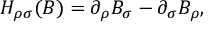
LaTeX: H _ { \rho \sigma } ( B ) = \partial _ { \rho } B _ { \sigma } - \partial _ { \sigma } B _ { \rho } ,